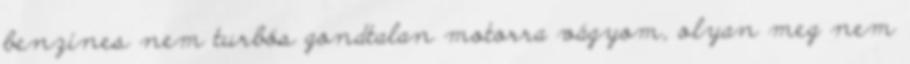
benzines nem turbós gondtalan motorra vágyom, olyan meg nem